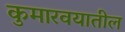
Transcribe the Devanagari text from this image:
कुमारवयातील